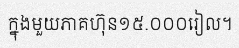
ក្នុងមួយភាគហ៊ុន១៥.០០០រៀល។